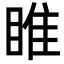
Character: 睢